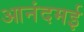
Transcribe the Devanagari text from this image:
आनंदमई